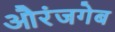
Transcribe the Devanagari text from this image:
औरंजगेब